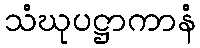
သံဃုပဋ္ဌာကာနံ